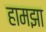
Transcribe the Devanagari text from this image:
हामझा